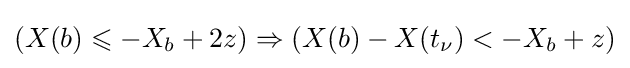
(X(b)\leqslant -X_{b}+2z)\Rightarrow (X(b)-X(t_{\nu })<-X_{b}+z)